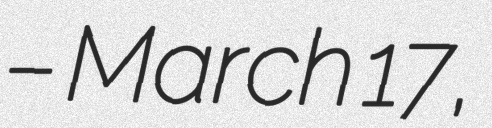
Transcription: – March 17,